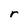
Character: r